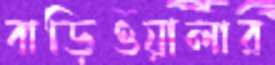
বাড়িওয়ালার